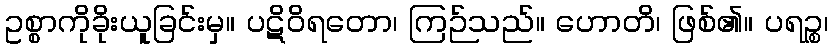
ဥစ္စာကိုခိုးယူခြင်းမှ။ ပဋိဝိရတော၊ ကြဉ်သည်။ ဟောတိ၊ ဖြစ်၏။ ပရဉ္စ၊